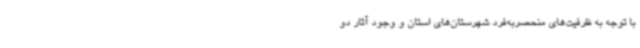
با توجه به ظرفیت‌های منحصربه‌فرد شهرستان‌های استان و وجود آثار دو